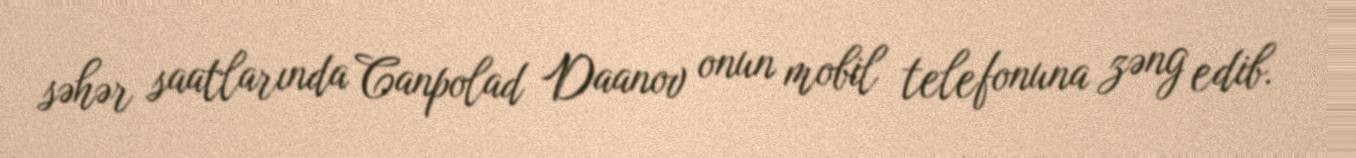
səhər saatlarında Canpolad Daanov onun mobil telefonuna zəng edib.